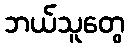
ဘယ်သူတွေ